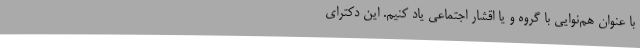
با عنوان هم‌نوایی با گروه و یا اقشار اجتماعی یاد کنیم. این دکترای